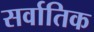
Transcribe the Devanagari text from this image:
सर्वातिक